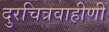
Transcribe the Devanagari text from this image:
दुरचित्रवाहीणी